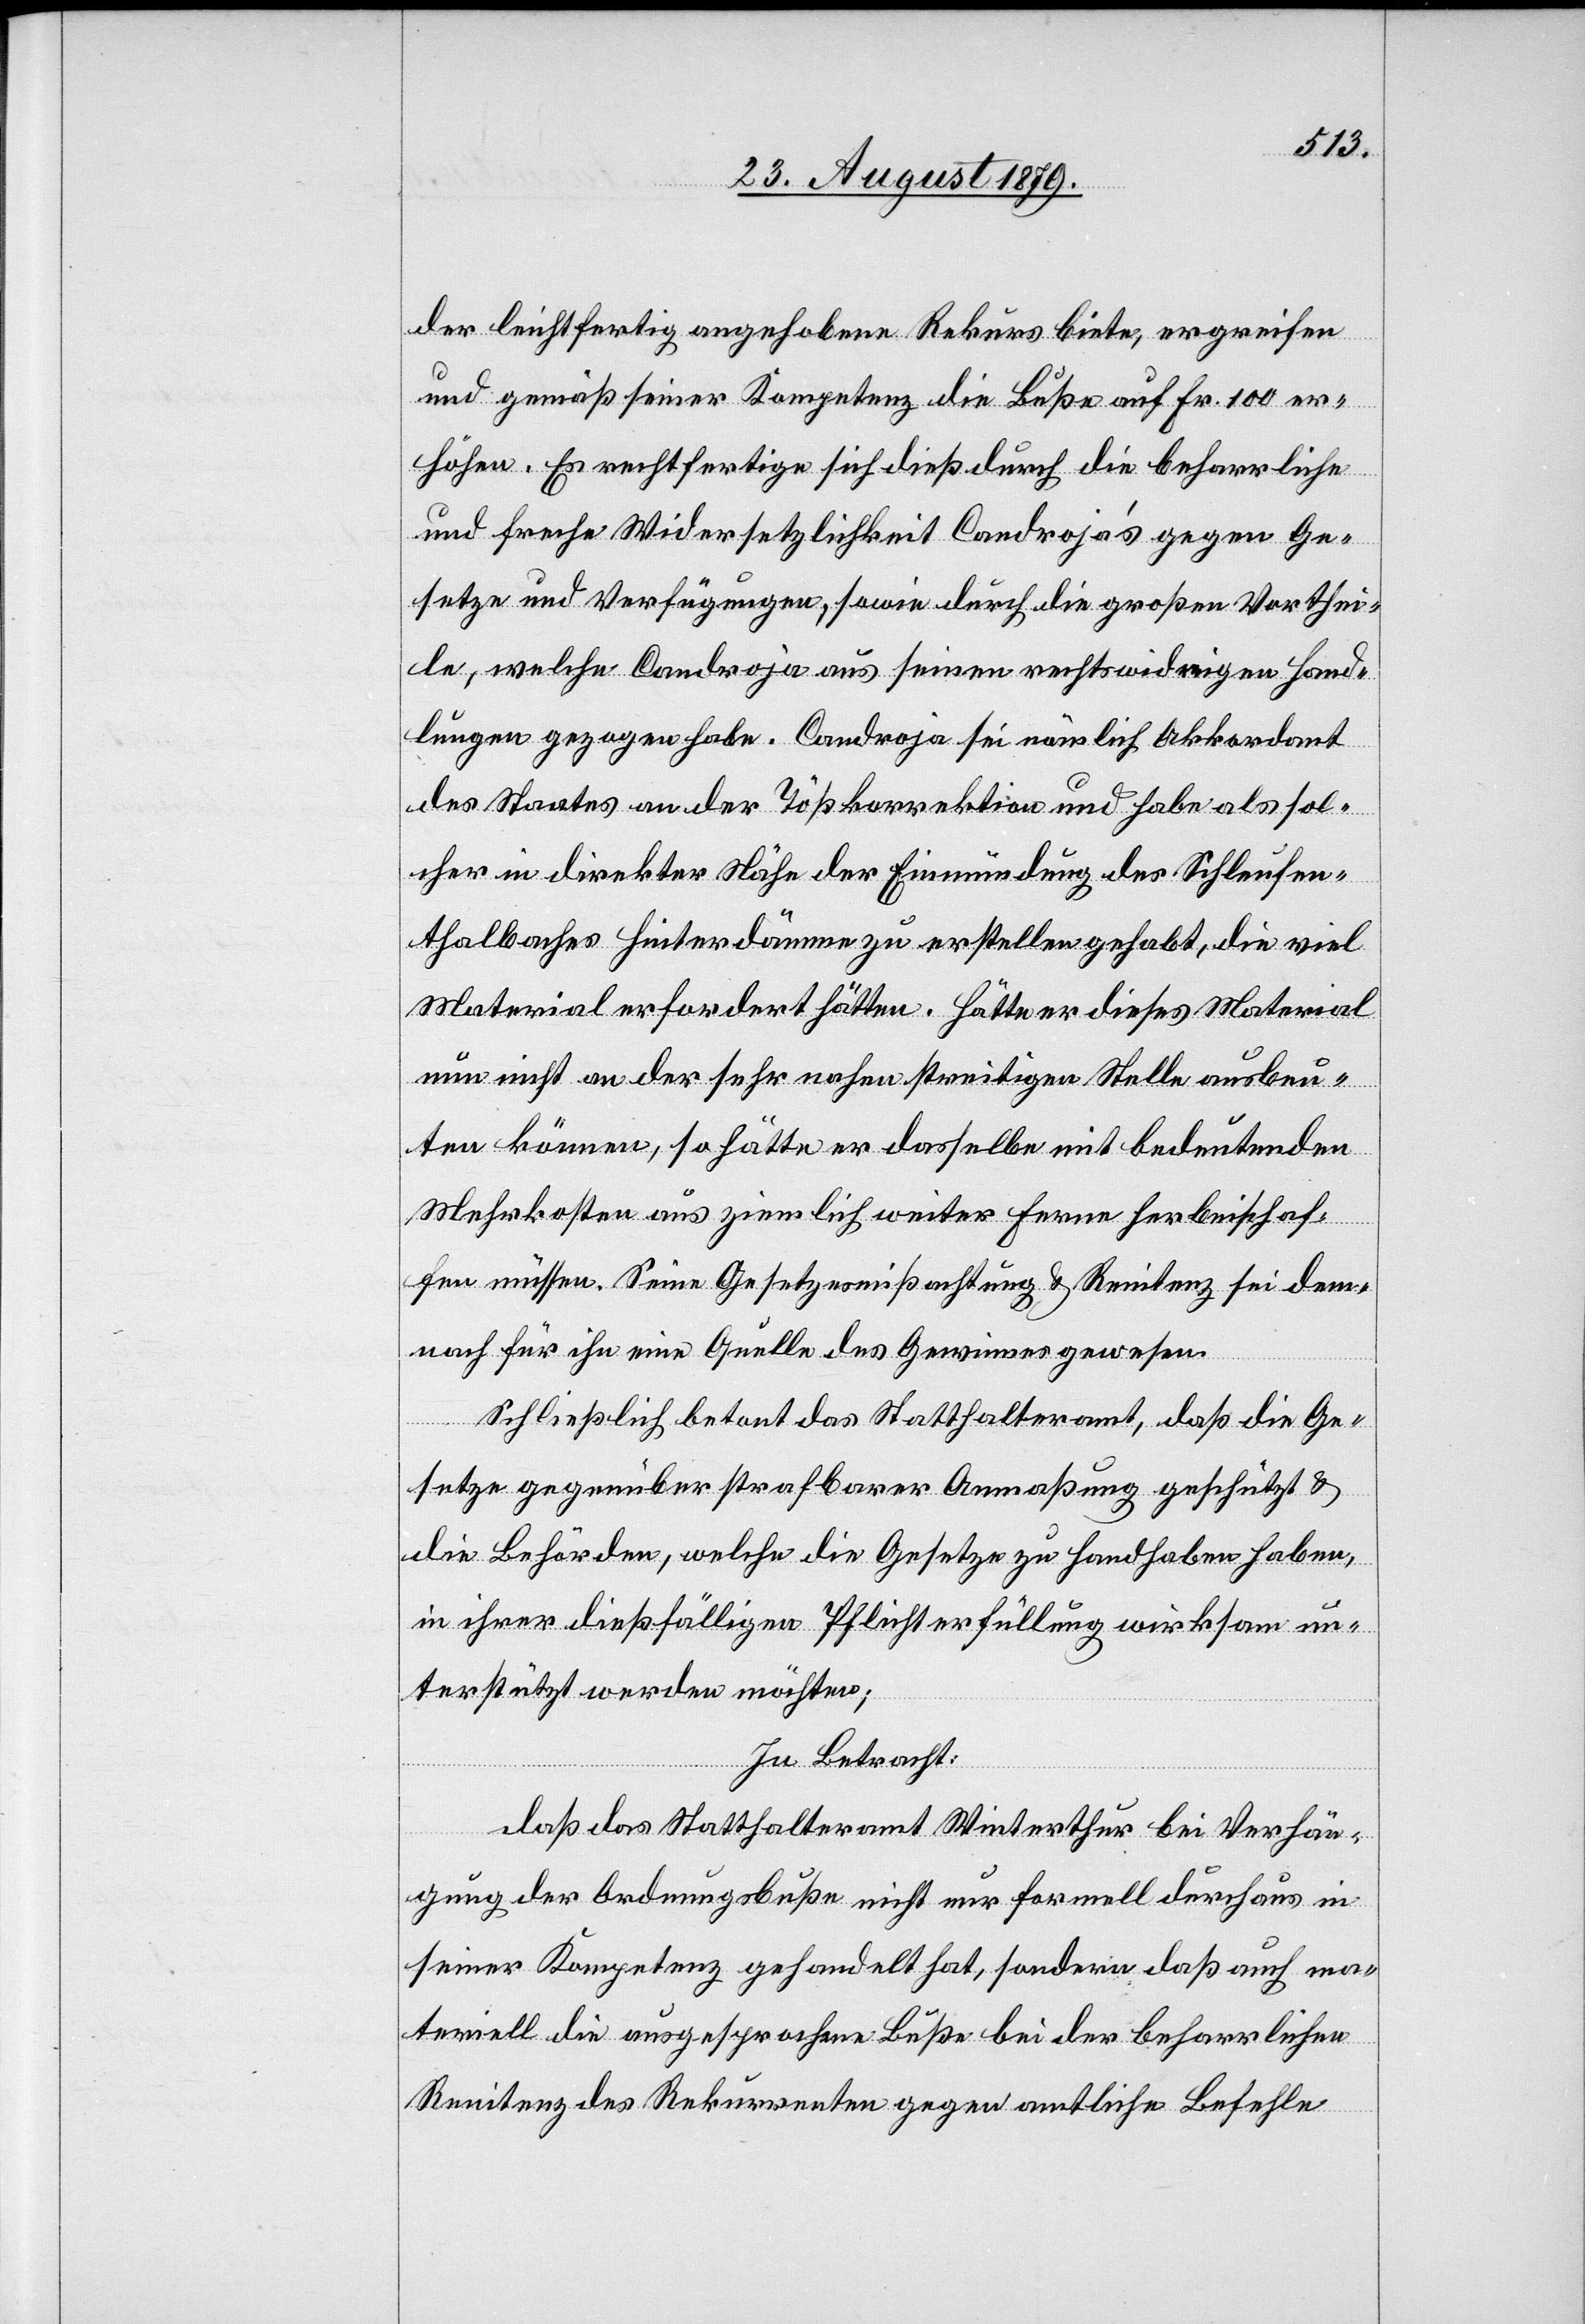
der leichtfertig angehobene Rekurs biete, ergreifen
und gemäß seiner Kompetenz die Buße auf Fr. 100 er¬
höhen. Es rechtfertige sich dieß durch die beharrliche
und freche Widersetzlichkeit Candroja’s gegen Ge¬
setze und Verfügungen, sowie durch die großen Vorthei¬
le, welche Candroja aus seinen rechtswidrigen Hand¬
lungen gezogen habe. Candroja sei nämlich Akkordant
des Staates an der Tößkorrektion und habe als sol¬
cher in direkter Nähe der Einmündung des Schleufen¬
thalbaches Hinterdämme zu erstellen gehabt, die viel
Material erfordert hätten. Hätte er dieses Material
nun nicht an der sehr nahen streitigen Stelle ausbeu¬
ten könne, so hätte er dasselbe mit bedeutenden
Mehrkosten aus ziemlich weiter Ferne herbeischaf¬
fen müssen. Seine Gesetzesmißachtung & Renitenz sei dem¬
nach für ihn eine Quelle des Gewinnes gewesen.
Schließlich betont das Statthalteramt, daß die Ge¬
setze gegenüber strafbarer Anmaßung geschützt &
die Behörden, welche die Gesetze zu handhaben, in
ihrer dießfälligen Pflichterfüllung wirksam un¬
terstützt werden möchten;
In Betracht:
daß das Statthalteramt Winterthur bei Verhän¬
gung der Ordnungsbuße nicht nur formell durchaus in
seiner Kompetenz gehandelt hat, sondern daß auch ma¬
teriell die ausgesprochene Buße bei der beharrlichen
Renitenz des Rekurrenten gegen amtliche Befehle